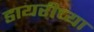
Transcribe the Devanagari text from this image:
डायरीच्या